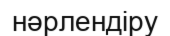
нәрлендіру